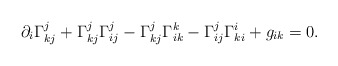
\begin{align*} \partial_i\Gamma^j_{kj}+\Gamma^j_{kj}\Gamma^j_{ij}-\Gamma^j_{kj}\Gamma^k_{ik}-\Gamma^j_{ij}\Gamma^i_{ki}+g_{ik}=0. \end{align*}